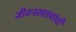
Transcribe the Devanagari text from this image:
जीवनसत्त्वांची